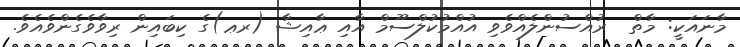
މާނައަކީ: މާތް  ރުއްސުންލެއްވެވި އުއްމުކުލްސޫމް އާއި ޢާއިޝާ (ރޢ)ގެ ކިބައިން ރިވާވެގެންވެއެވެ.